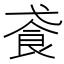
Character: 䬥